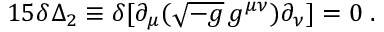
1 5 \delta \Delta _ { 2 } \equiv \delta [ \partial _ { \mu } ( \sqrt { - g } \, g ^ { \mu \nu } ) \partial _ { \nu } ] = 0 \; .